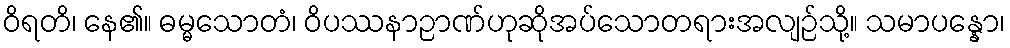
ဝိရတိ၊ နေ၏။ ဓမ္မသောတံ၊ ဝိပဿနာဉာဏ်ဟုဆိုအပ်သောတရားအလျဉ်သို့။ သမာပန္နော၊